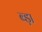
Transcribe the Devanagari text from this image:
ब्ड़ा